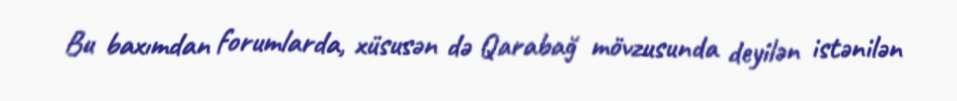
Bu baxımdan forumlarda, xüsusən də Qarabağ mövzusunda deyilən istənilən